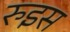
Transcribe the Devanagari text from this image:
रुइस